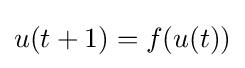
{u}(t+1)=f({u}(t))